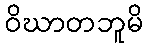
ဝိဃာတဘူမိ